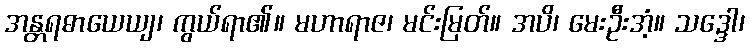
အန္တရဓာယေယျ၊ ကွယ်ရာ၏။ မဟာရာဇ၊ မင်းမြတ်။ အပိ၊ မေးဦးအံ့။ သဒ္ဒေါ၊